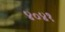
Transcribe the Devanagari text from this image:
४०४१